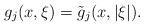
LaTeX: \begin{align*}g_j(x,\xi)= \tilde{g}_j(x,|\xi|). \end{align*}